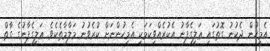
އެމީހުން ދެކުނު ގޮތުގަައި ޢަލީގެފާނު އެކުރެއްވިކަމަކީ އެމީހުންނަށް ކުރެވުނު މަލާމާތެކެވެ. ޢަލީގެފާނުގެ ގާތް